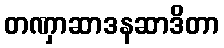
တဏှာဆာဒနဆာဒိတာ